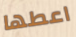
اعطها